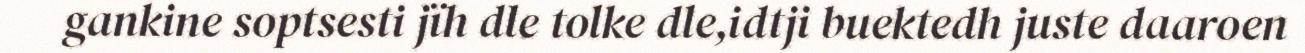
gankine soptsesti jïh dle tolke dle,idtji buektedh juste daaroen